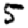
Digit: 5